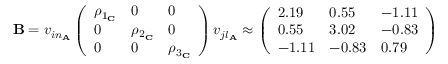
\begin{array} { r } { \mathbf { B } = v _ { i n _ { \mathbf { A } } } \left( \begin{array} { l l l } { \rho _ { 1 _ { \mathbf { C } } } } & { 0 } & { 0 } \\ { 0 } & { \rho _ { 2 _ { \mathbf { C } } } } & { 0 } \\ { 0 } & { 0 } & { \rho _ { 3 _ { \mathbf { C } } } } \end{array} \right) v _ { j l _ { \mathbf { A } } } \approx \left( \begin{array} { l l l } { 2 . 1 9 } & { 0 . 5 5 } & { - 1 . 1 1 } \\ { 0 . 5 5 } & { 3 . 0 2 } & { - 0 . 8 3 } \\ { - 1 . 1 1 } & { - 0 . 8 3 } & { 0 . 7 9 } \end{array} \right) } \end{array}